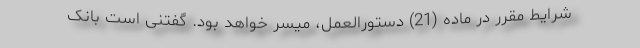
شرایط مقرر در ماده (21) دستورالعمل، میسر خواهد بود. گفتنی است بانک